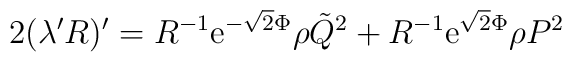
2(\lambda^{\prime}R)^{\prime} = R^{-1}{\rm e}^{-\sqrt{2}\Phi}\rho \tilde{Q}^2 +R^{-1}{\rm e}^{\sqrt{2}\Phi}\rho P^2